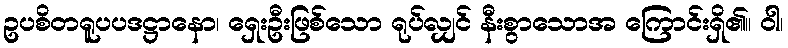
ဥပစိတရူပပဒဋ္ဌာနော၊ ရှေးဦးဖြစ်သော ရုပ်လျှင် နီးစွာသောအ ကြောင်းရှိ၏။ ဝါ၊